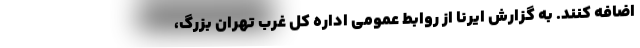
اضافه کنند. به گزارش ایرنا از روابط عمومی اداره کل غرب تهران بزرگ،